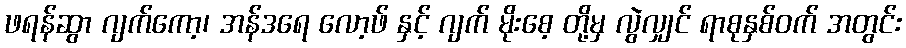
ဖရန်ဆွာ ဂျက်ကော့၊ အန်ဒရေ လော့ဖ် နှင့် ဂျက် မိုးစေ့ တို့မှ လွဲလျှင် ရာစုနှစ်ဝက် အတွင်း